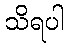
သိရပါ